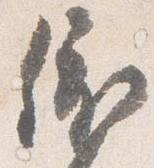
依